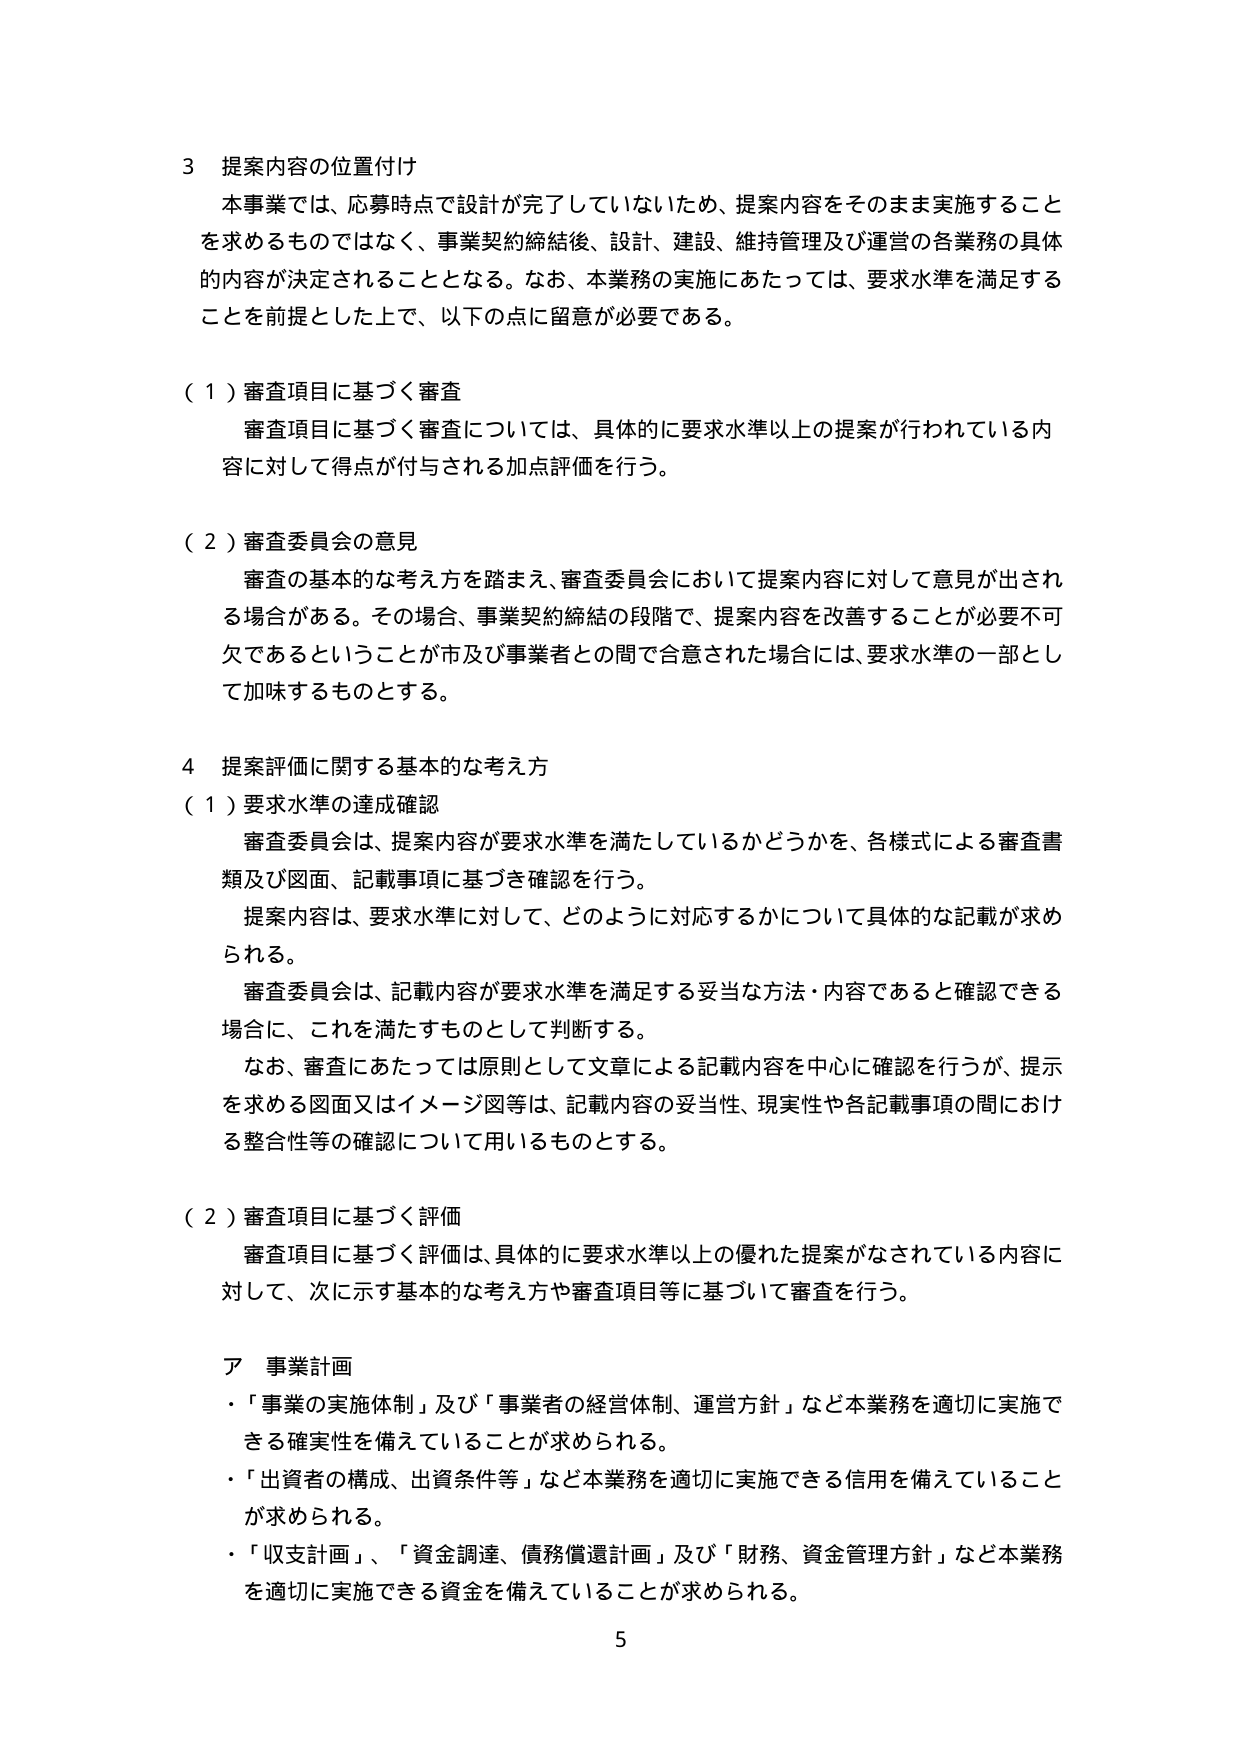
3 提案内容の位置付け
本事業では、応募時点で設計が完了していないため、提案内容をそのまま実施することを求めるものではなく、事業契約締結後、設計、建設、維持管理及び運営の各業務の具体的な内容が決定されることとなる。なお、本業務の実施にあたっては、要求水準を満足することを前提とした上で、以下の点に留意が必要である。

（１）審査項目に基づく審査
審査項目に基づく審査については、具体的に要求水準以上の提案が行われている内容に対して得点が付与される加点評価を行う。

（２）審査委員会の意見
審査の基本的な考え方を踏まえ、審査委員会において提案内容に対して意見が出される場合がある。その場合、事業契約締結の段階で、提案内容を改善することが必要不可欠であるということが市及び事業者との間で合意された場合には、要求水準の一部として加味するものとする。

4 提案評価に関する基本的な考え方
（１）要求水準の達成確認
審査委員会は、提案内容が要求水準を満たしているかどうかを、各様式による審査書類及び図面、記載事項に基づき確認を行う。
提案内容は、要求水準に対して、どのように対応するかについて具体的な記載が求められる。
審査委員会は、記載内容が要求水準を満足する妥当な方法・内容であると確認できる場合に、これを満たすものとして判断する。
なお、審査にあたっては原則として文章による記載内容を中心に確認を行うが、提示を求める図面又はイメージ図等は、記載内容の妥当性、現実性や各記載事項の間における整合性等の確認について用いるものとする。

（２）審査項目に基づく評価
審査項目に基づく評価は、具体的に要求水準以上の優れた提案がなされている内容に対して、次に示す基本的な考え方や審査項目等に基づいて審査を行う。

ア 事業計画
・「事業の実施体制」及び「事業者の経営体制、運営方針」など本業務を適切に実施できる確実性を備えていることが求められる。
・「出資者の構成、出資条件等」など本業務を適切に実施できる信用を備えていることが求められる。
・「収支計画」、「資金調達、債務償還計画」及び「財務、資金管理方針」など本業務を適切に実施できる資金を備えていることが求められる。

5